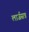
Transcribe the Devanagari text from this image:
लार्जसन्न